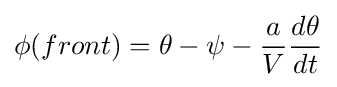
\phi (front)=\theta -\psi -{\frac {a}{V}}{\frac {d\theta }{dt}}